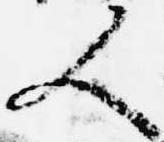
人